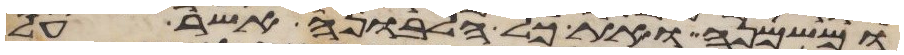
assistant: ומשמנה ואת כל הלבונה אשר על